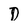
Character: D